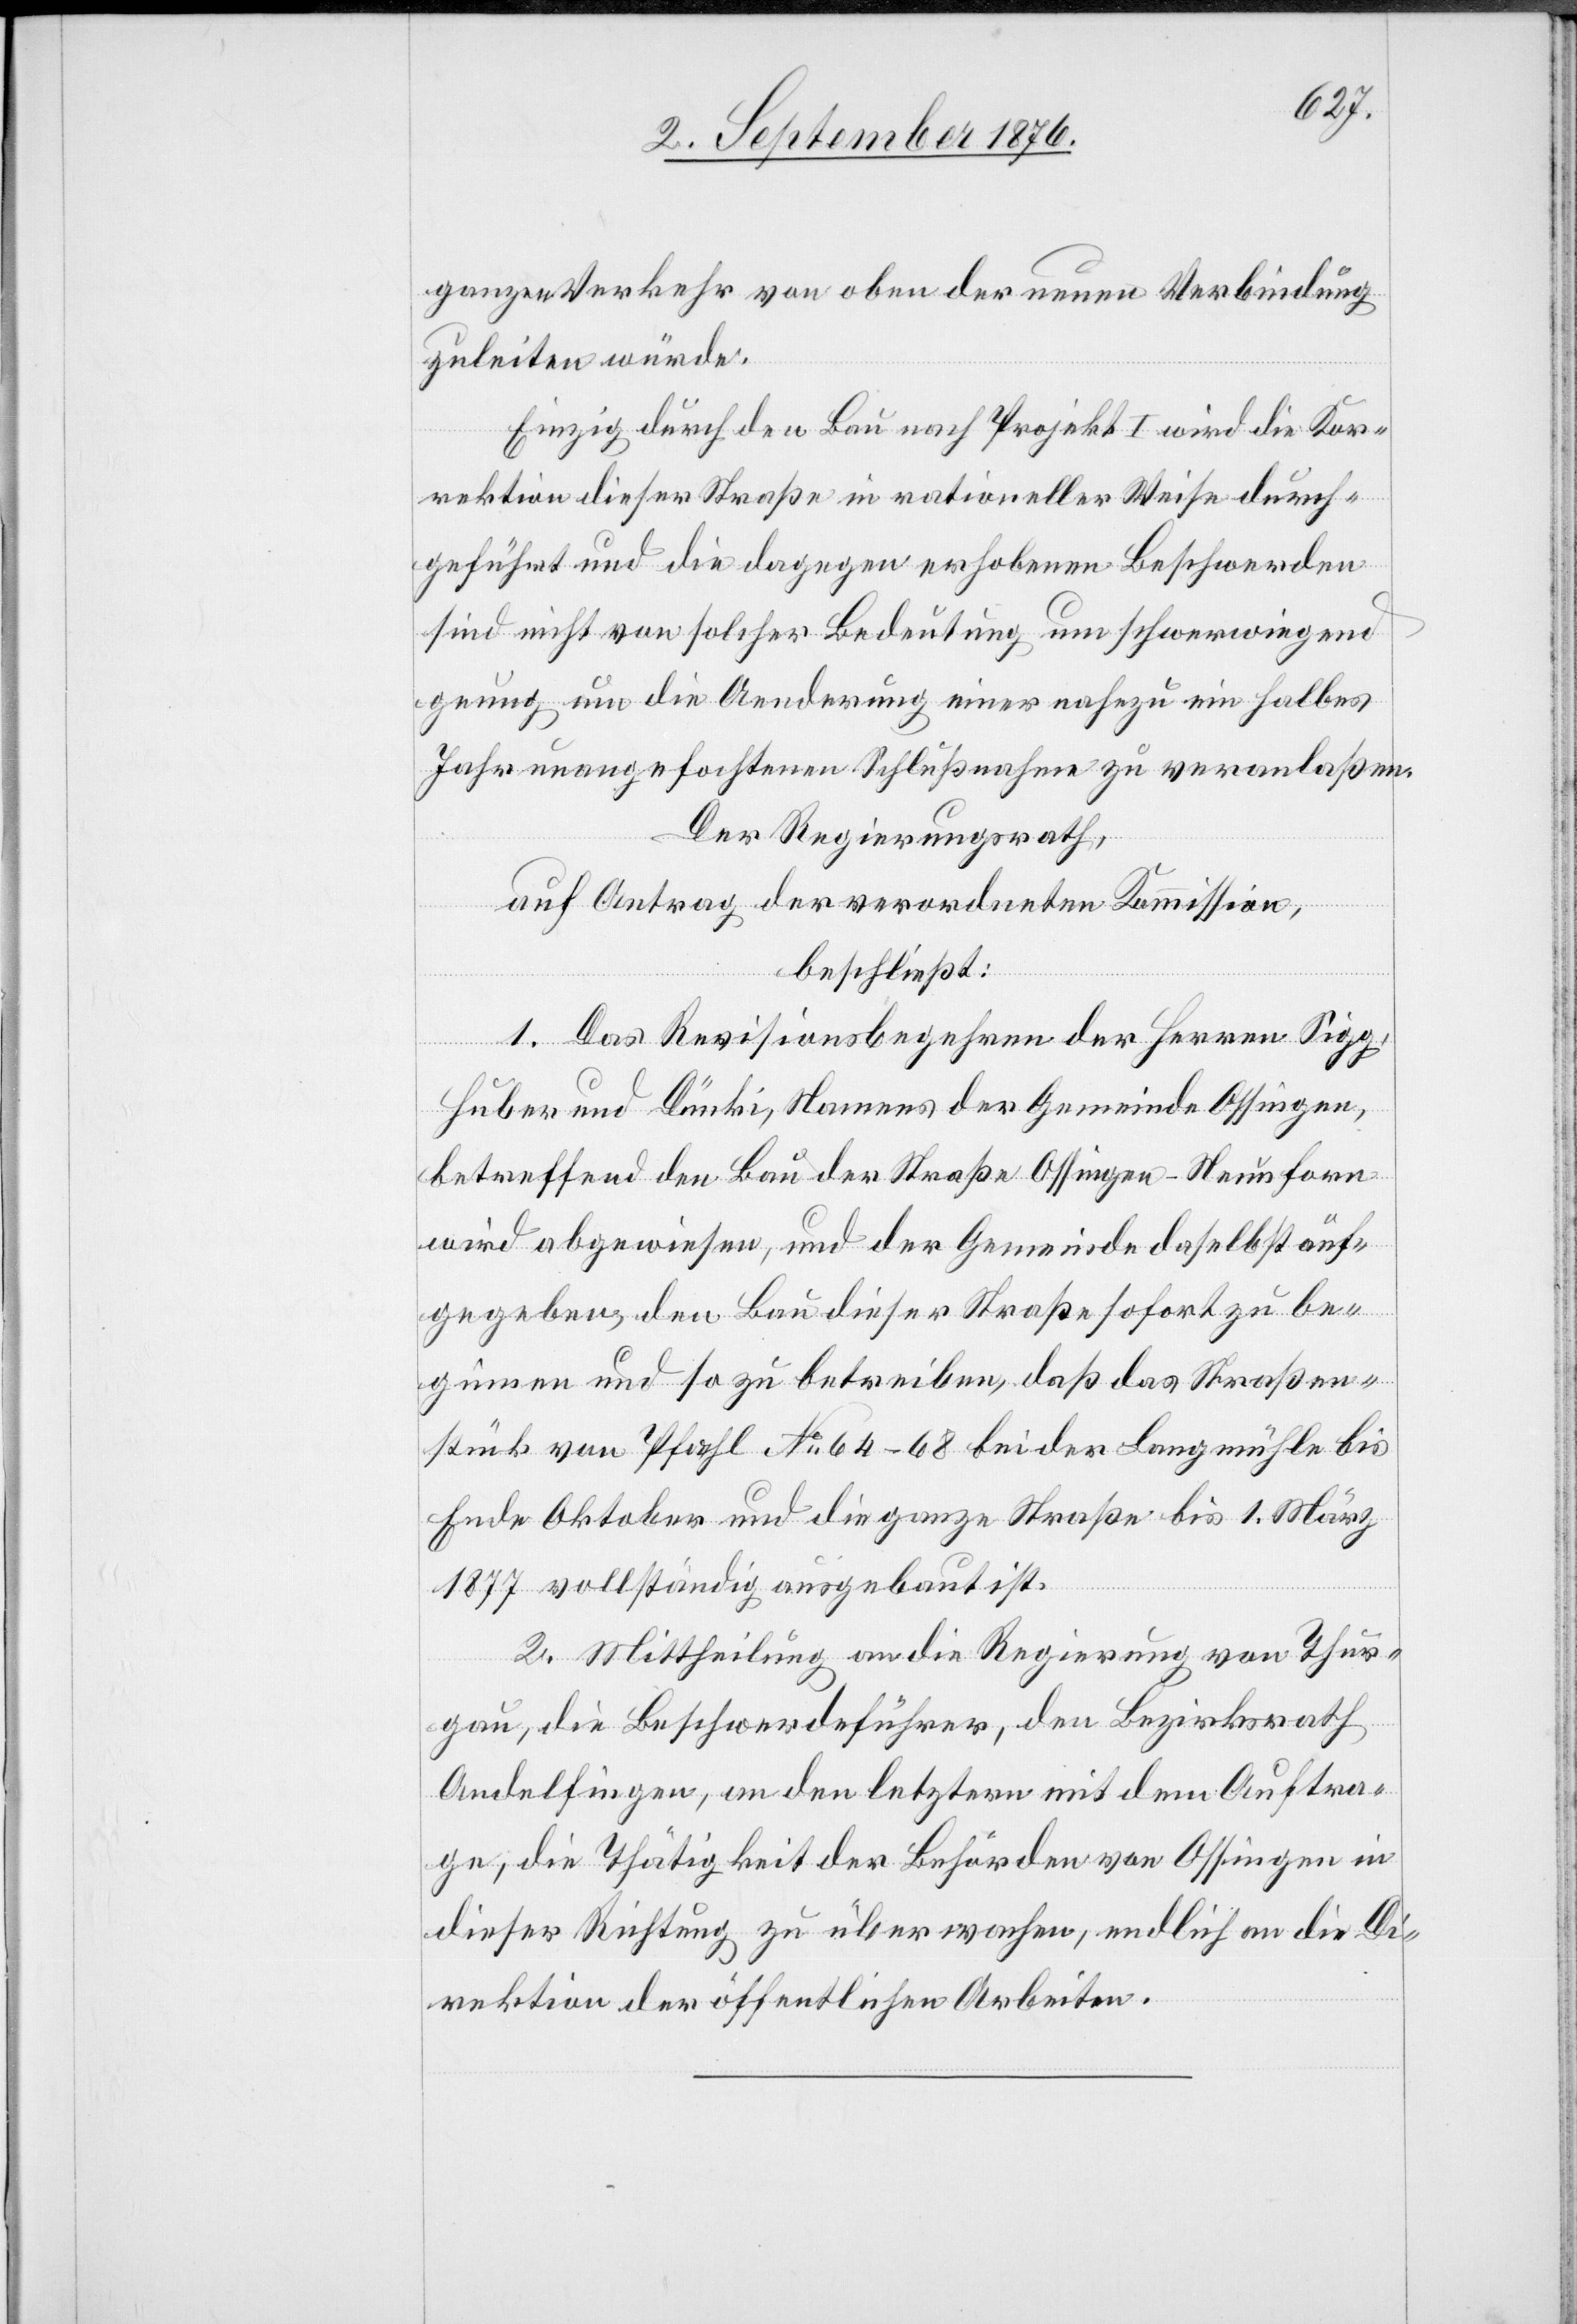
ganzen Verkehr von oben der neuen Verbindung
zuleiten würde.
Einzig durch den Bau nach Projekt I wird die Kor¬
rektion dieser Straße in rationeller Weise durch¬
geführt und die dagegen erhobenen Beschwerden
sind nicht von solcher Bedeutung um [recte:
genug um die Aenderung einer nahezu ein halbes
Jahr unangefochtene[n] Schlußnahme zu veranlaßen.
Der Regierungsrath,
auf Antrag der verordneten Kommission,
beschließt:
1. Das Revisionsbegehren der Herren Sigg,
Huber und Dünki, Namens der Gemeinde Ossingen,
betreffend den Bau der Straße Ossingen–Neunforn
wird abgewiesen, und der Gemeinde daselbst auf¬
gegeben, den Bau dieser Straße sofort zu be¬
ginnen und so zu betreiben, daß das Straßen¬
stück von Pfahl No 64–68 bei der Langmühle bis
Ende Oktober und die ganze Straße bis 1. März
1877 vollständig ausgebaut ist.
2. Mittheilung an die Regierung von Thur¬
gau, die Beschwerdeführer, den Bezirksrath
Andelfingen, an den letztern mit dem Auftra¬
ge, die Thätigkeit der Behörden von Ossingen in
dieser Richtung zu überwachen, endlich an die Di¬
rektion der öffentlichen Arbeiten.